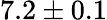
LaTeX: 7.2\pm 0.1